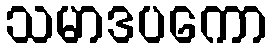
သမာဒပကော